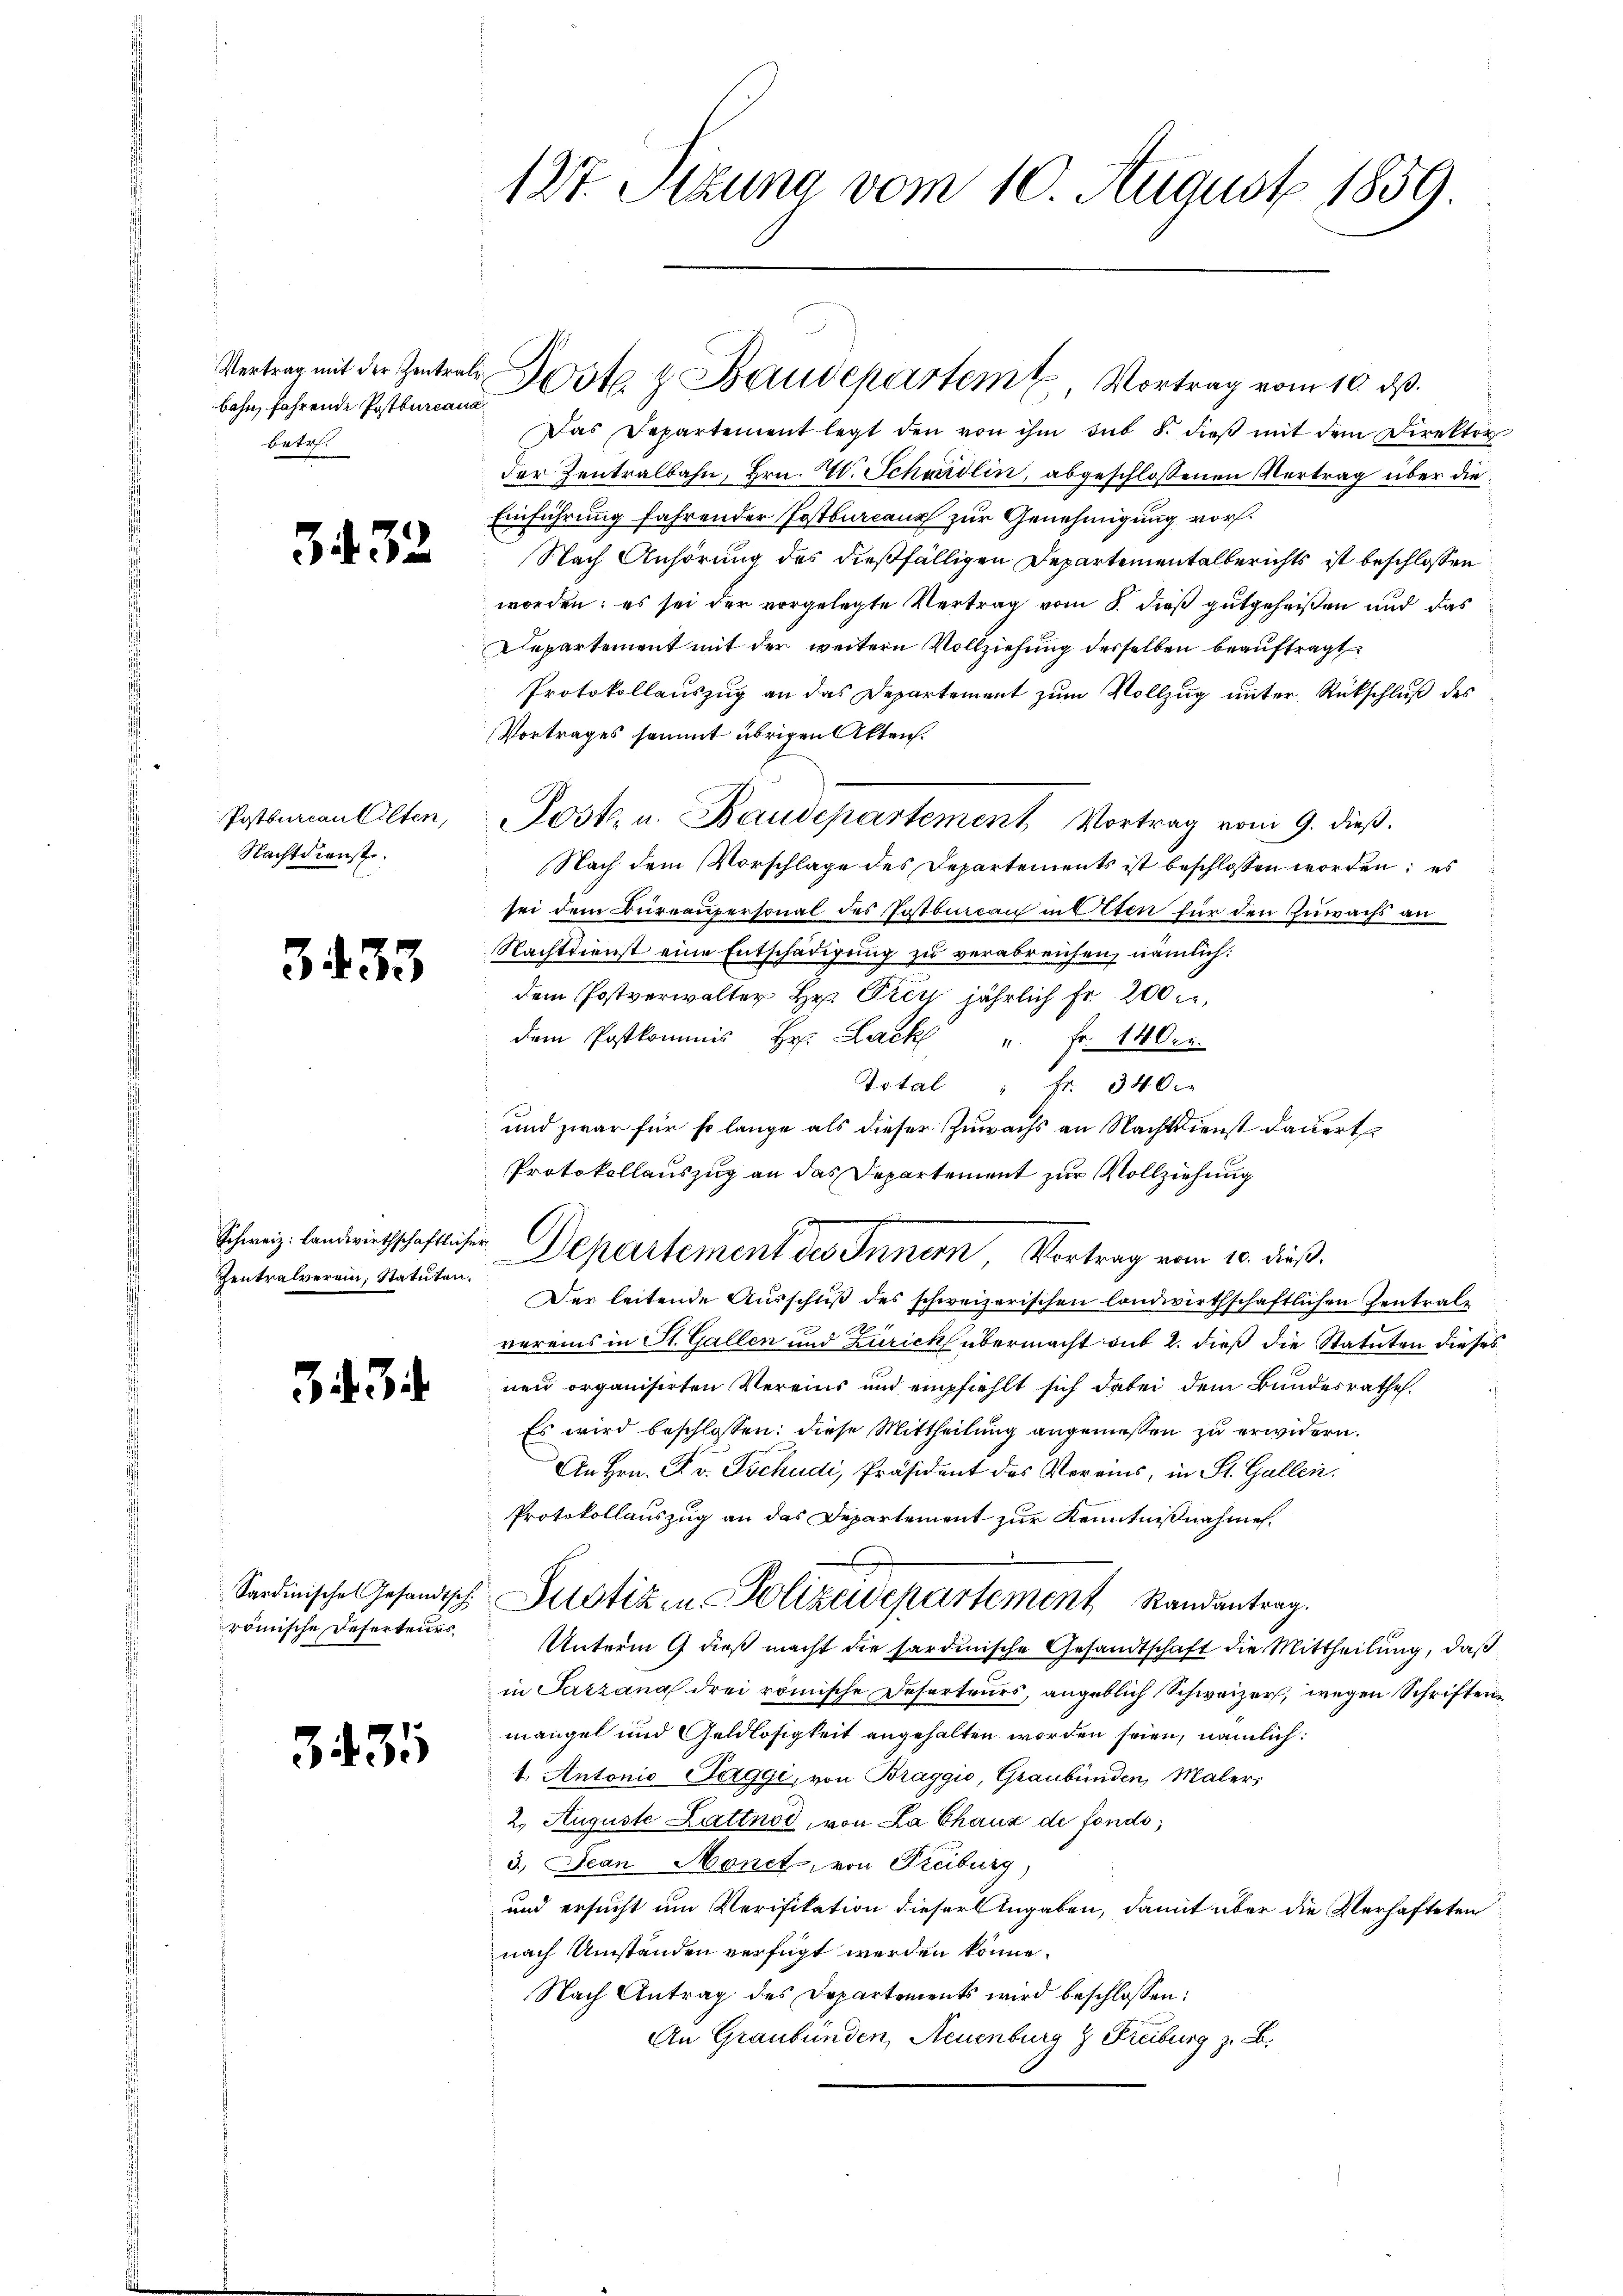
bahn fahrende Postburcana
betref¬

3432

Postbureau Alten,
Nachtdienst

3. 433

Zentralverein, Statuten.

33

331

127. Sitzung vom 10. August 1859.

Das Departement legt den von ihm sub 5. dieβ mit dem Direktor
der Zentralbahn, Hrn. A. Schweidlin, abgeschlossenen Vertrag über die
Einführung fahrender Postburcanz zur Genehmigung vor¬
Nach Anhörung des dießfälligen Departementalberichts ist beschlossen:
worden; es sei der vorgelegte Vertrag vom 8. dieß gutgeheißen und das
Departement mit der weitern Vollziehung desselben beauftragt
Protokollauszug an das Departement zum Vollzug unter Rückschluß des
Vortrages sammt übrigen Akten.
Post u. Baudepartement Vortrag vom 9. dieß.
Nach dem Vorschlage des Departements ist beschlossen worden; es
sei dem Büreaupersonal des Postbureau in Olten für den Zuwachs an
Nachtdienst eine Entschädigung zu verabreichen, nämlich:
dem Postverwalter Hr. Frey jährlich fr 200 f
dem Postkommis Hr. Lack u. fr. 140.
Total " fr. 340.
und zwar für so lange als dieser Zuwachs an Nachtdienst dauert
Protokollauszug an das Departement zur Vollziehung
Schweiz. landwirtschaftlicher Departement des Innern Vortrag vom 10. dieß.
Der leitende Ausschluß des schweizerischen landwirthschaftlichen Zentral
vereins in St. Gallen und Zürich übermacht sub 2. dieß die Statuten dieses
nen organisirten Vereins und empfiehlt sich dabei dem Bundesrathe.
Es wird beschlossen: diese Mittheilung angemessen zu erwidern.
An Hrn. F. v. Tschudi, Präsident des Vereins, in St. Gallen.
Protokollauszug an das Departement zur Kenntnißnahmen.
Sardinischen Gesandtsch. Sistiken Polizeidepartement Randantrag.
römische Deserteurs. Unterm 9 dieß macht die sardinische Gesandtschaft die Mittheilung, daß
in Jaszana drei römische Deserteurs, angeblich Schweizer, wegen Schriften
mangel und Geldlosigkeit angehalten worden seien, nämlich:
t. Antonio Saggi, von Braggio, Graubünden, Maler,
2. Auguste Lattnod, von La Chaux de fonds,
3.) Jean Monet, von Freiburg,
und ersucht um Verifikation dieser Angaben, damit über die Verhafteten
nach Umständen verfügt werden könne.
Nach Antrag des Departements wird beschlossen:
An Graubünden, Neuenburg & Freiburg z. B.

Vertrag mit der Zentrals Weste & Baudepartem Vortrag vom 10. ds.